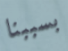
بسببنا